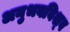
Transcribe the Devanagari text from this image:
अनुभवविश्‍व